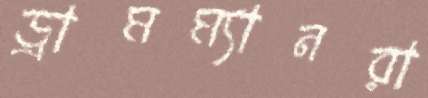
ড্রামম্যানরা